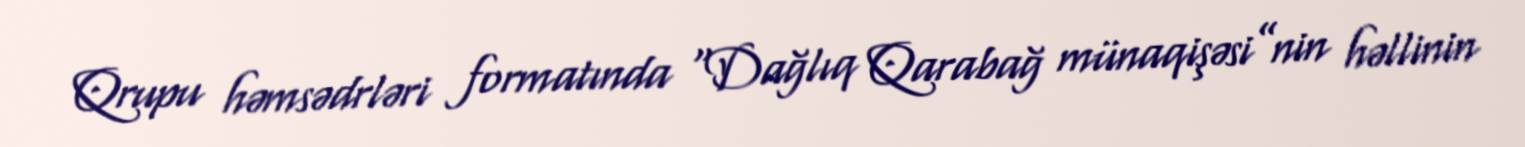
Qrupu həmsədrləri formatında “Dağlıq Qarabağ münaqişəsi”nin həllinin